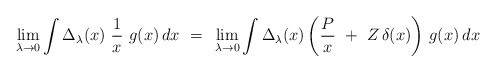
\begin{align*}\lim_{\lambda\to 0} \int \Delta_\lambda(x)~ {1\over x} ~g(x) \,dx~=~\lim_{\lambda\to 0} \int \Delta_\lambda(x) \left( {P\over x}~ +~ Z\,\delta(x) \right) \,g(x) \,dx \end{align*}